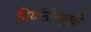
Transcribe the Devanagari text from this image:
निर्यातोन्मुखी